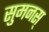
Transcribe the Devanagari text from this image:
सुमनस्